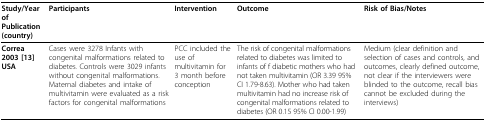
| Study/Year of Publication (country) | Participants | Intervention | Outcome | Risk of Bias/Notes |
 | --- | --- | --- | --- | --- |
 | Correa 2003 [13]USA | Cases were 3278 Infants with congenital malformations related to diabetes. Controls were 3029 infants without congenital malformations. Maternal diabetes and intake of multivitamin were evaluated as a risk factors for congenital malformations | PCC included the use of multivitamin for 3 month before conception | The risk of congenital malformations related to diabetes was limited to infants of f diabetic mothers who had not taken multivitamin (OR 3.39 95% CI 1.79-8.63). Mother who had taken multivitamin had no increase risk of congenital malformations related to diabetes (OR 0.15 95% CI 0.00-1.99) | Medium (clear definition and selection of cases and controls, and outcomes, clearly defined outcome, not clear if the interviewers were blinded to the outcome, recall bias cannot be excluded during the interviews) |